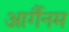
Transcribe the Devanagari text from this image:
आर्गैनम